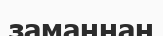
заманнан